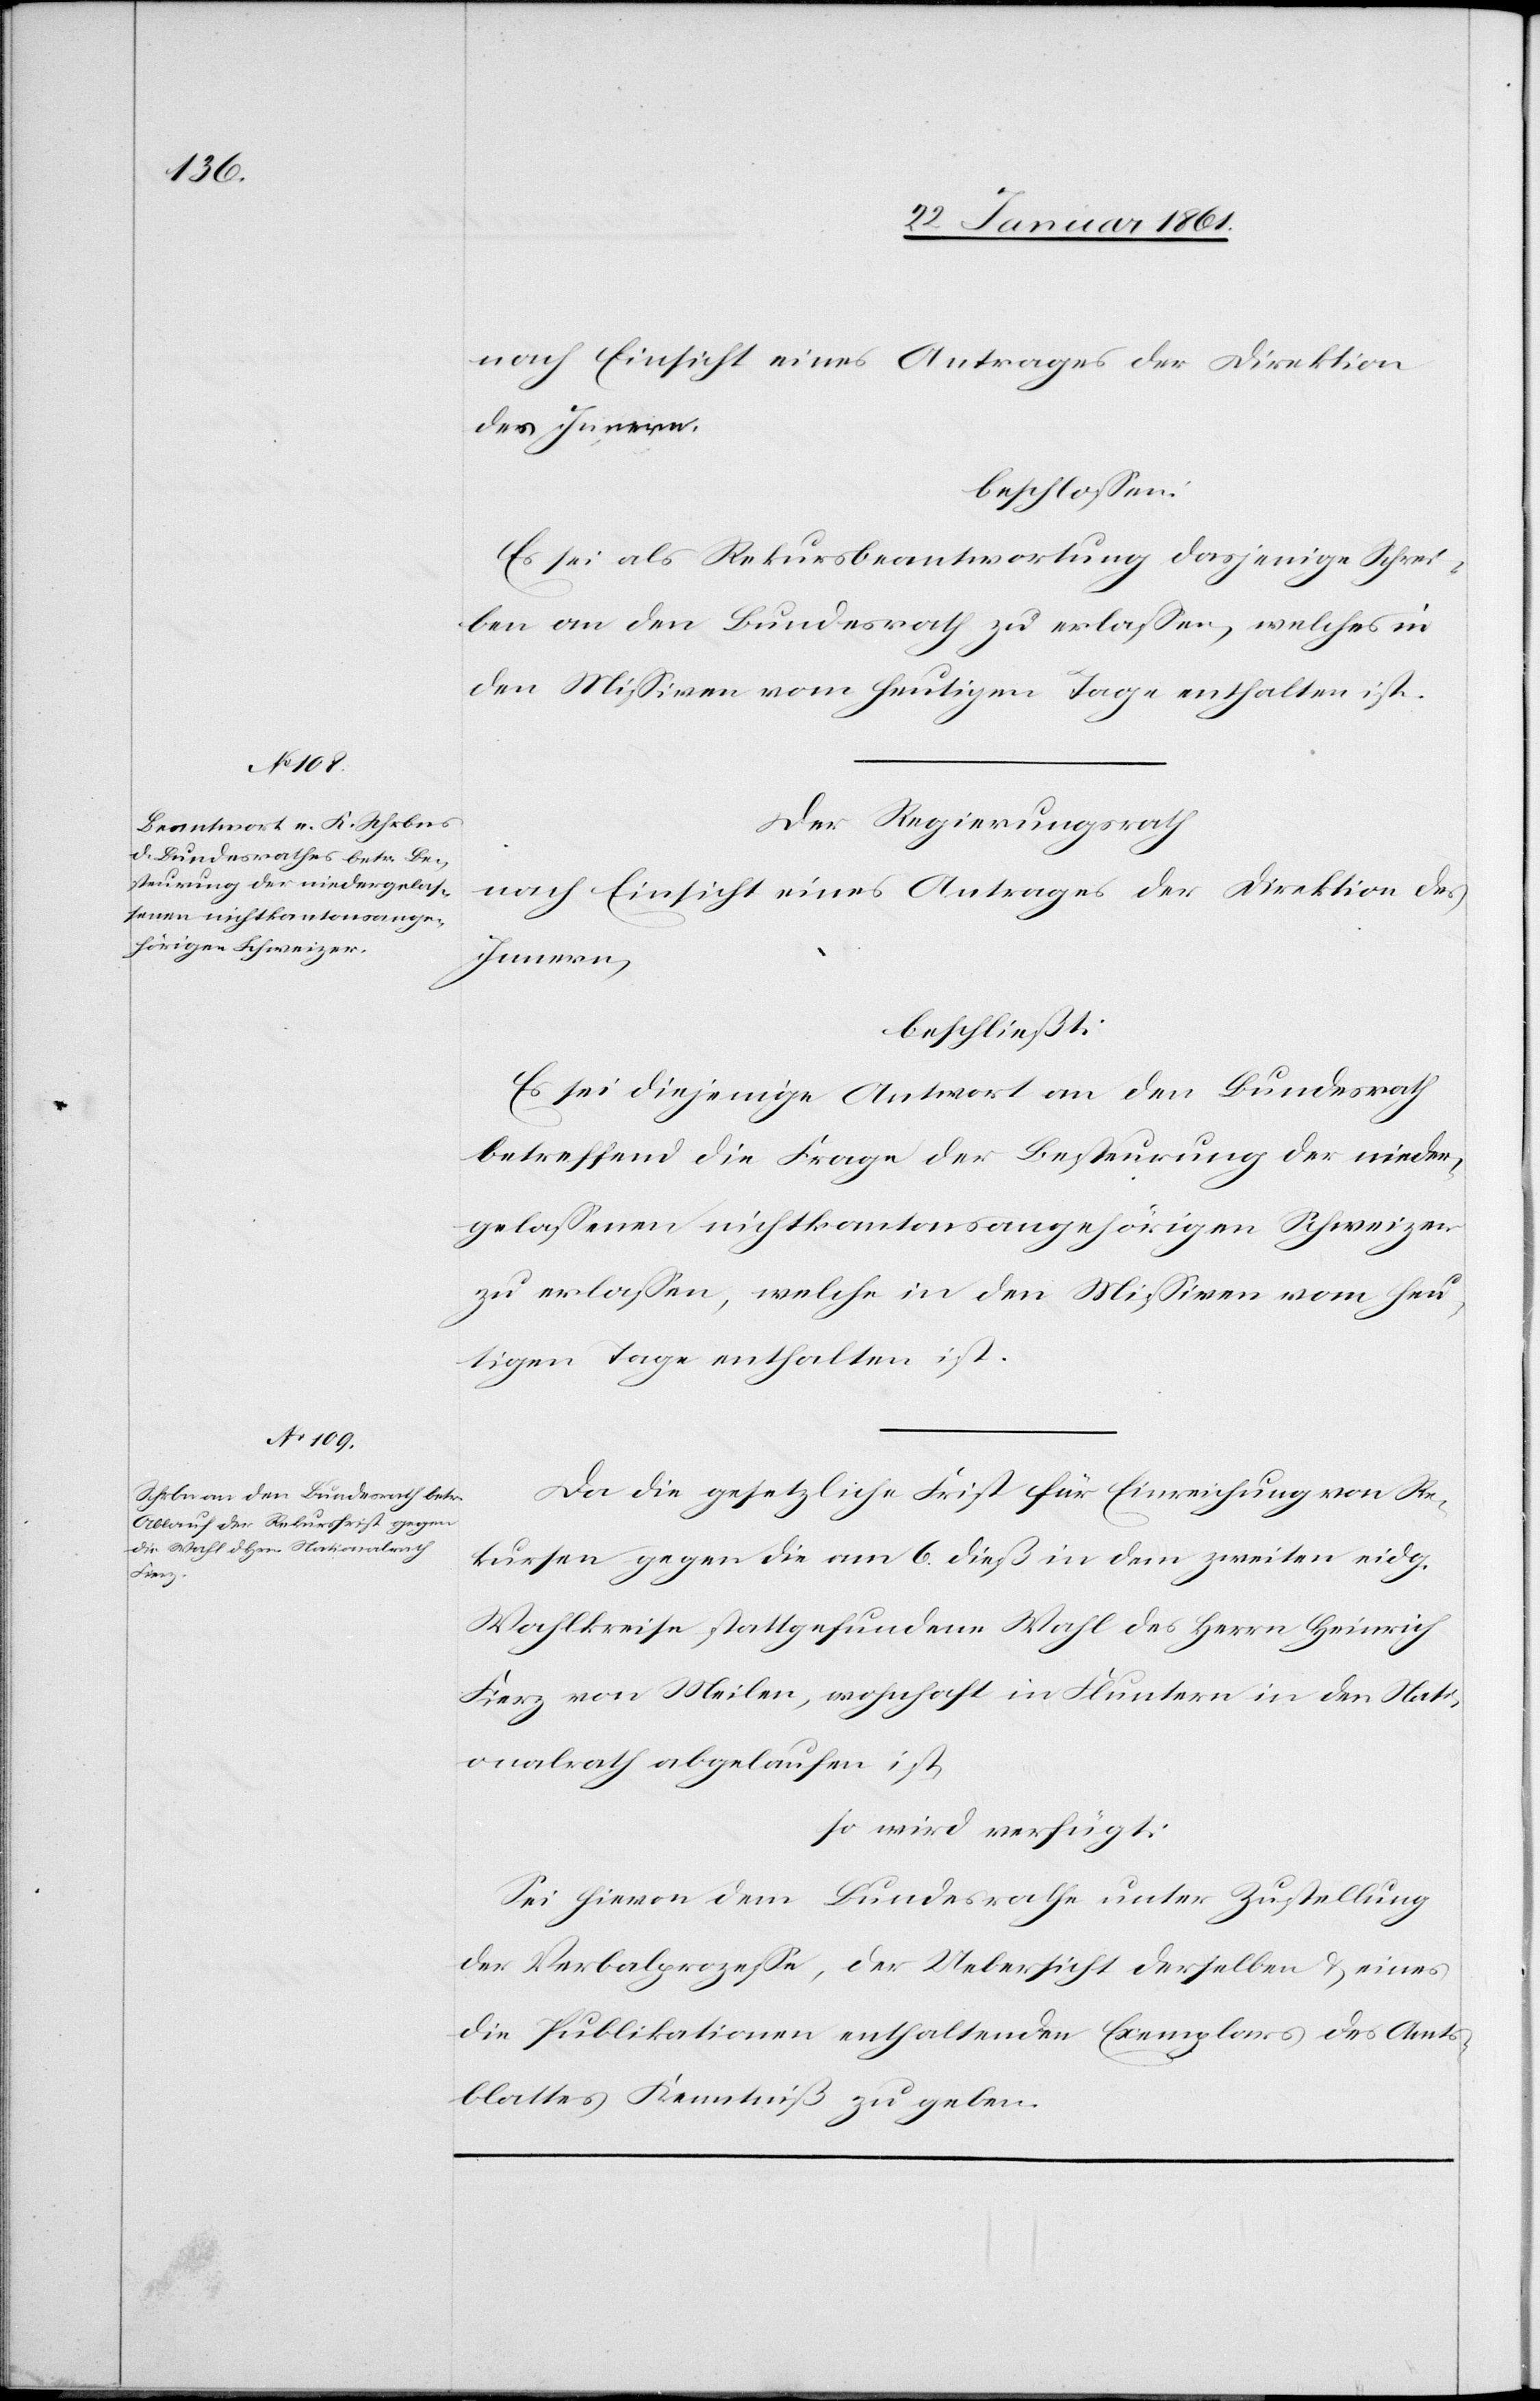
nach Einsicht eines Antrages der Direktion
des Innern,
beschlossen:
Es sei als Rekursbeantwortung dasjenige Schrei¬
ben an den Bundesrath zu erlassen, welches in
den Missiven vom heutigen Tage enthalten ist.
Der Regierungsrath
nach Einsicht eines Antrages der Direktion des
Innern,
beschließt:
Es sei diejenige Antwort an den Bundesrath
betreffend die Frage der Besteurung der nieder¬
gelassenen nichtkantonsangehörigen Schweizer
zu erlassen, welche in den Missiven vom heu¬
tigen Tage enthalten ist.
Da die gesetzliche Frist für Einreichung von Re¬
kursen gegen die am 6. dieß in dem zweiten eidg.
Wahlkreise stattgefundene Wahl des Herrn Heinrich
Fierz von Meilen, wohnhaft in Fluntern in den Nati¬
onalrath abgelaufen ist,
so wird verfügt:
Sei hievon dem Bundesrathe unter Zustellung
der Verbalprozesse, der Uebersicht derselben u. eines
die Publikationen enthaltenden Exemplars des Amts¬
blattes Kenntniß zu geben.